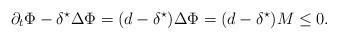
LaTeX: \begin{align*}\partial_t \Phi-\delta^\star \Delta \Phi=(d-\delta^\star)\Delta \Phi=(d-\delta^\star)M\leq 0.\end{align*}